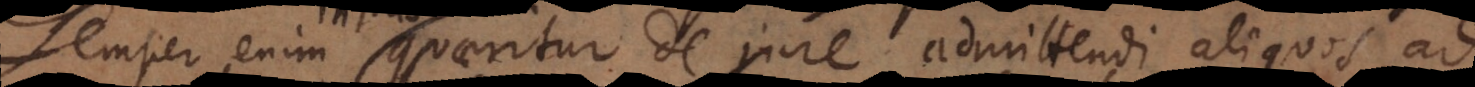
Semper enim quaeritur de jure admittendi aliquos ad